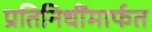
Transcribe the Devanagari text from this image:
प्रतिनिधींमार्फत